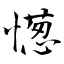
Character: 憽